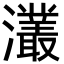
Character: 灇